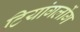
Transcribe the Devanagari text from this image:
टियांगलोंग